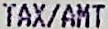
TAX/AMT